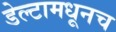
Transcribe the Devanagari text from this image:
डेल्टामधूनच